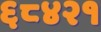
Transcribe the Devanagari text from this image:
६८४२१